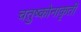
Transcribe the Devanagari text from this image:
चतुष्कोनाकृती